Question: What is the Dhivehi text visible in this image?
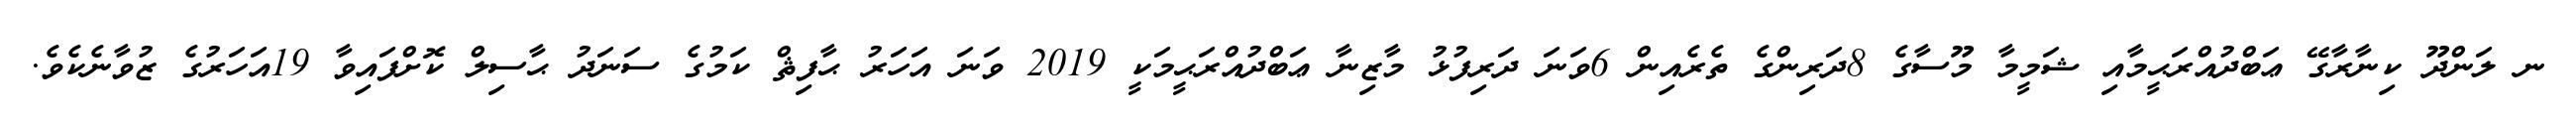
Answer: ނ ލަންދޫ ކިނާރާގޭ ޢަބްދުއްރަޙީމާއި ޝަމީމާ މޫސާގެ 8ދަރިންގެ ތެރެއިން 6ވަނަ ދަރިފުޅު މާޒިނާ ޢަބްދުއްރަޙީމަކީ 2019 ވަނަ އަހަރު ޙާފިޘް ކަމުގެ ސަނަދު ޙާސިލް ކޮށްފައިވާ 19އަހަރުގެ ޒުވާނެކެވެ.